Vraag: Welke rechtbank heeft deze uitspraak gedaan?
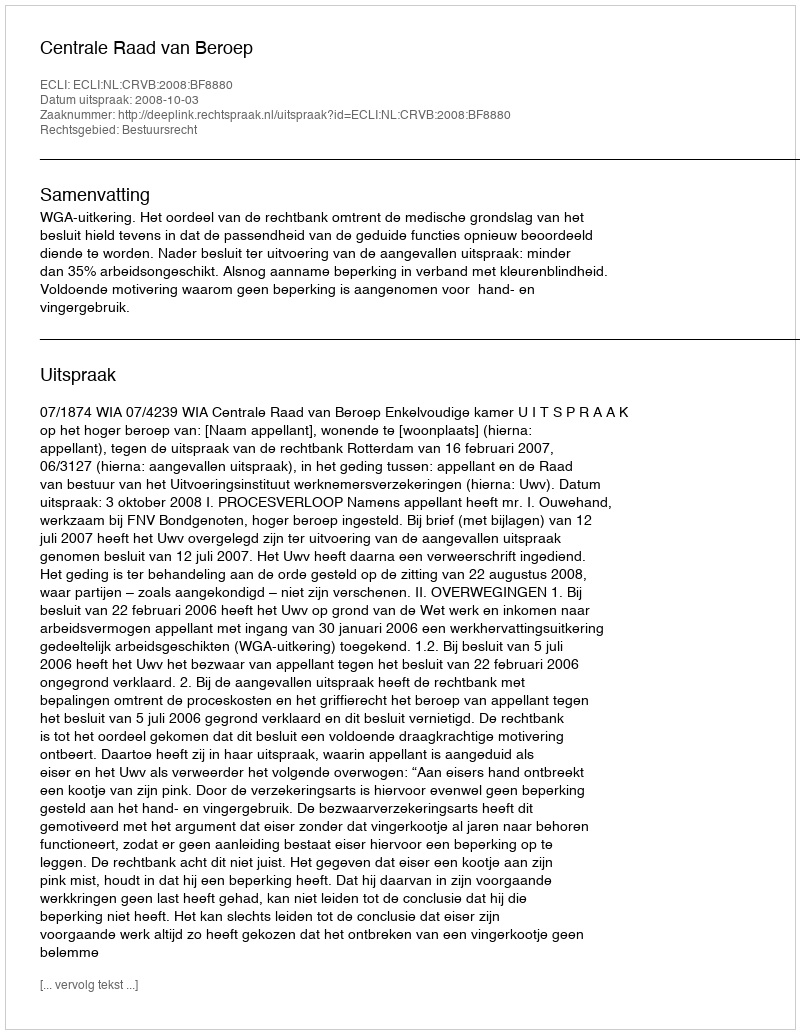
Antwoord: Centrale Raad van Beroep